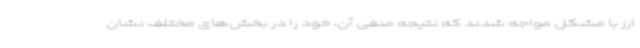
ارز با مشکل مواجه شدند که نتیجه منفی آن، خود را در بخش‌های مختلف نشان